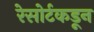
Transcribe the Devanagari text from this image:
रेसोर्टकडून